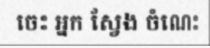
ចេះ អ្នក ស្វែង ចំណេះ